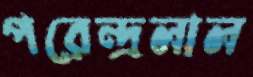
পরেন্দ্রলাল